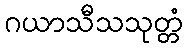
ဂယာသီသသုတ္တံ